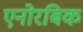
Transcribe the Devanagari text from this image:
एनोरबिक